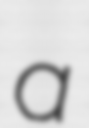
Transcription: a